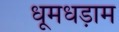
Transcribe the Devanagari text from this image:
धूमधड़ाम